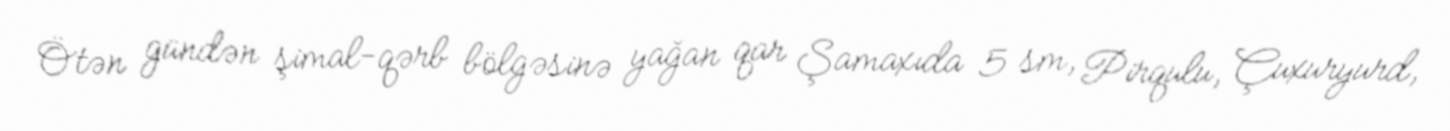
Ötən gündən şimal-qərb bölgəsinə yağan qar Şamaxıda 5 sm, Pirqulu, Çuxuryurd,